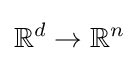
\mathbb {R} ^{d}\to \mathbb {R} ^{n}